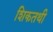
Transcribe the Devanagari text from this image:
शिकतथी